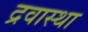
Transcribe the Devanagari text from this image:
द्रवास्था